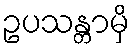
ဥပသန္တာမှိ